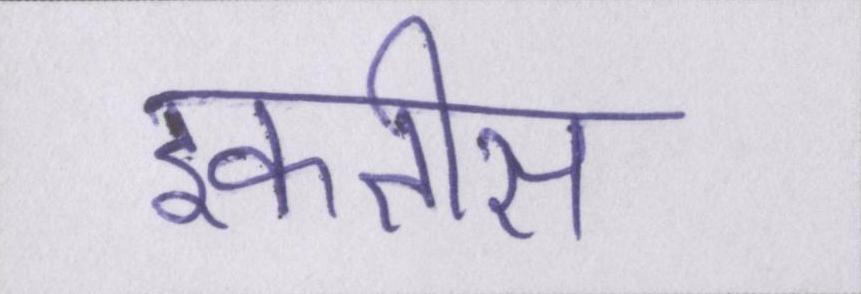
इकतीस